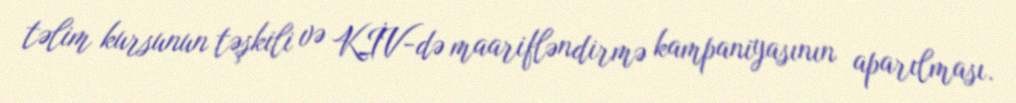
təlim kursunun təşkili və KİV-də maarifləndirmə kampaniyasının aparılması.